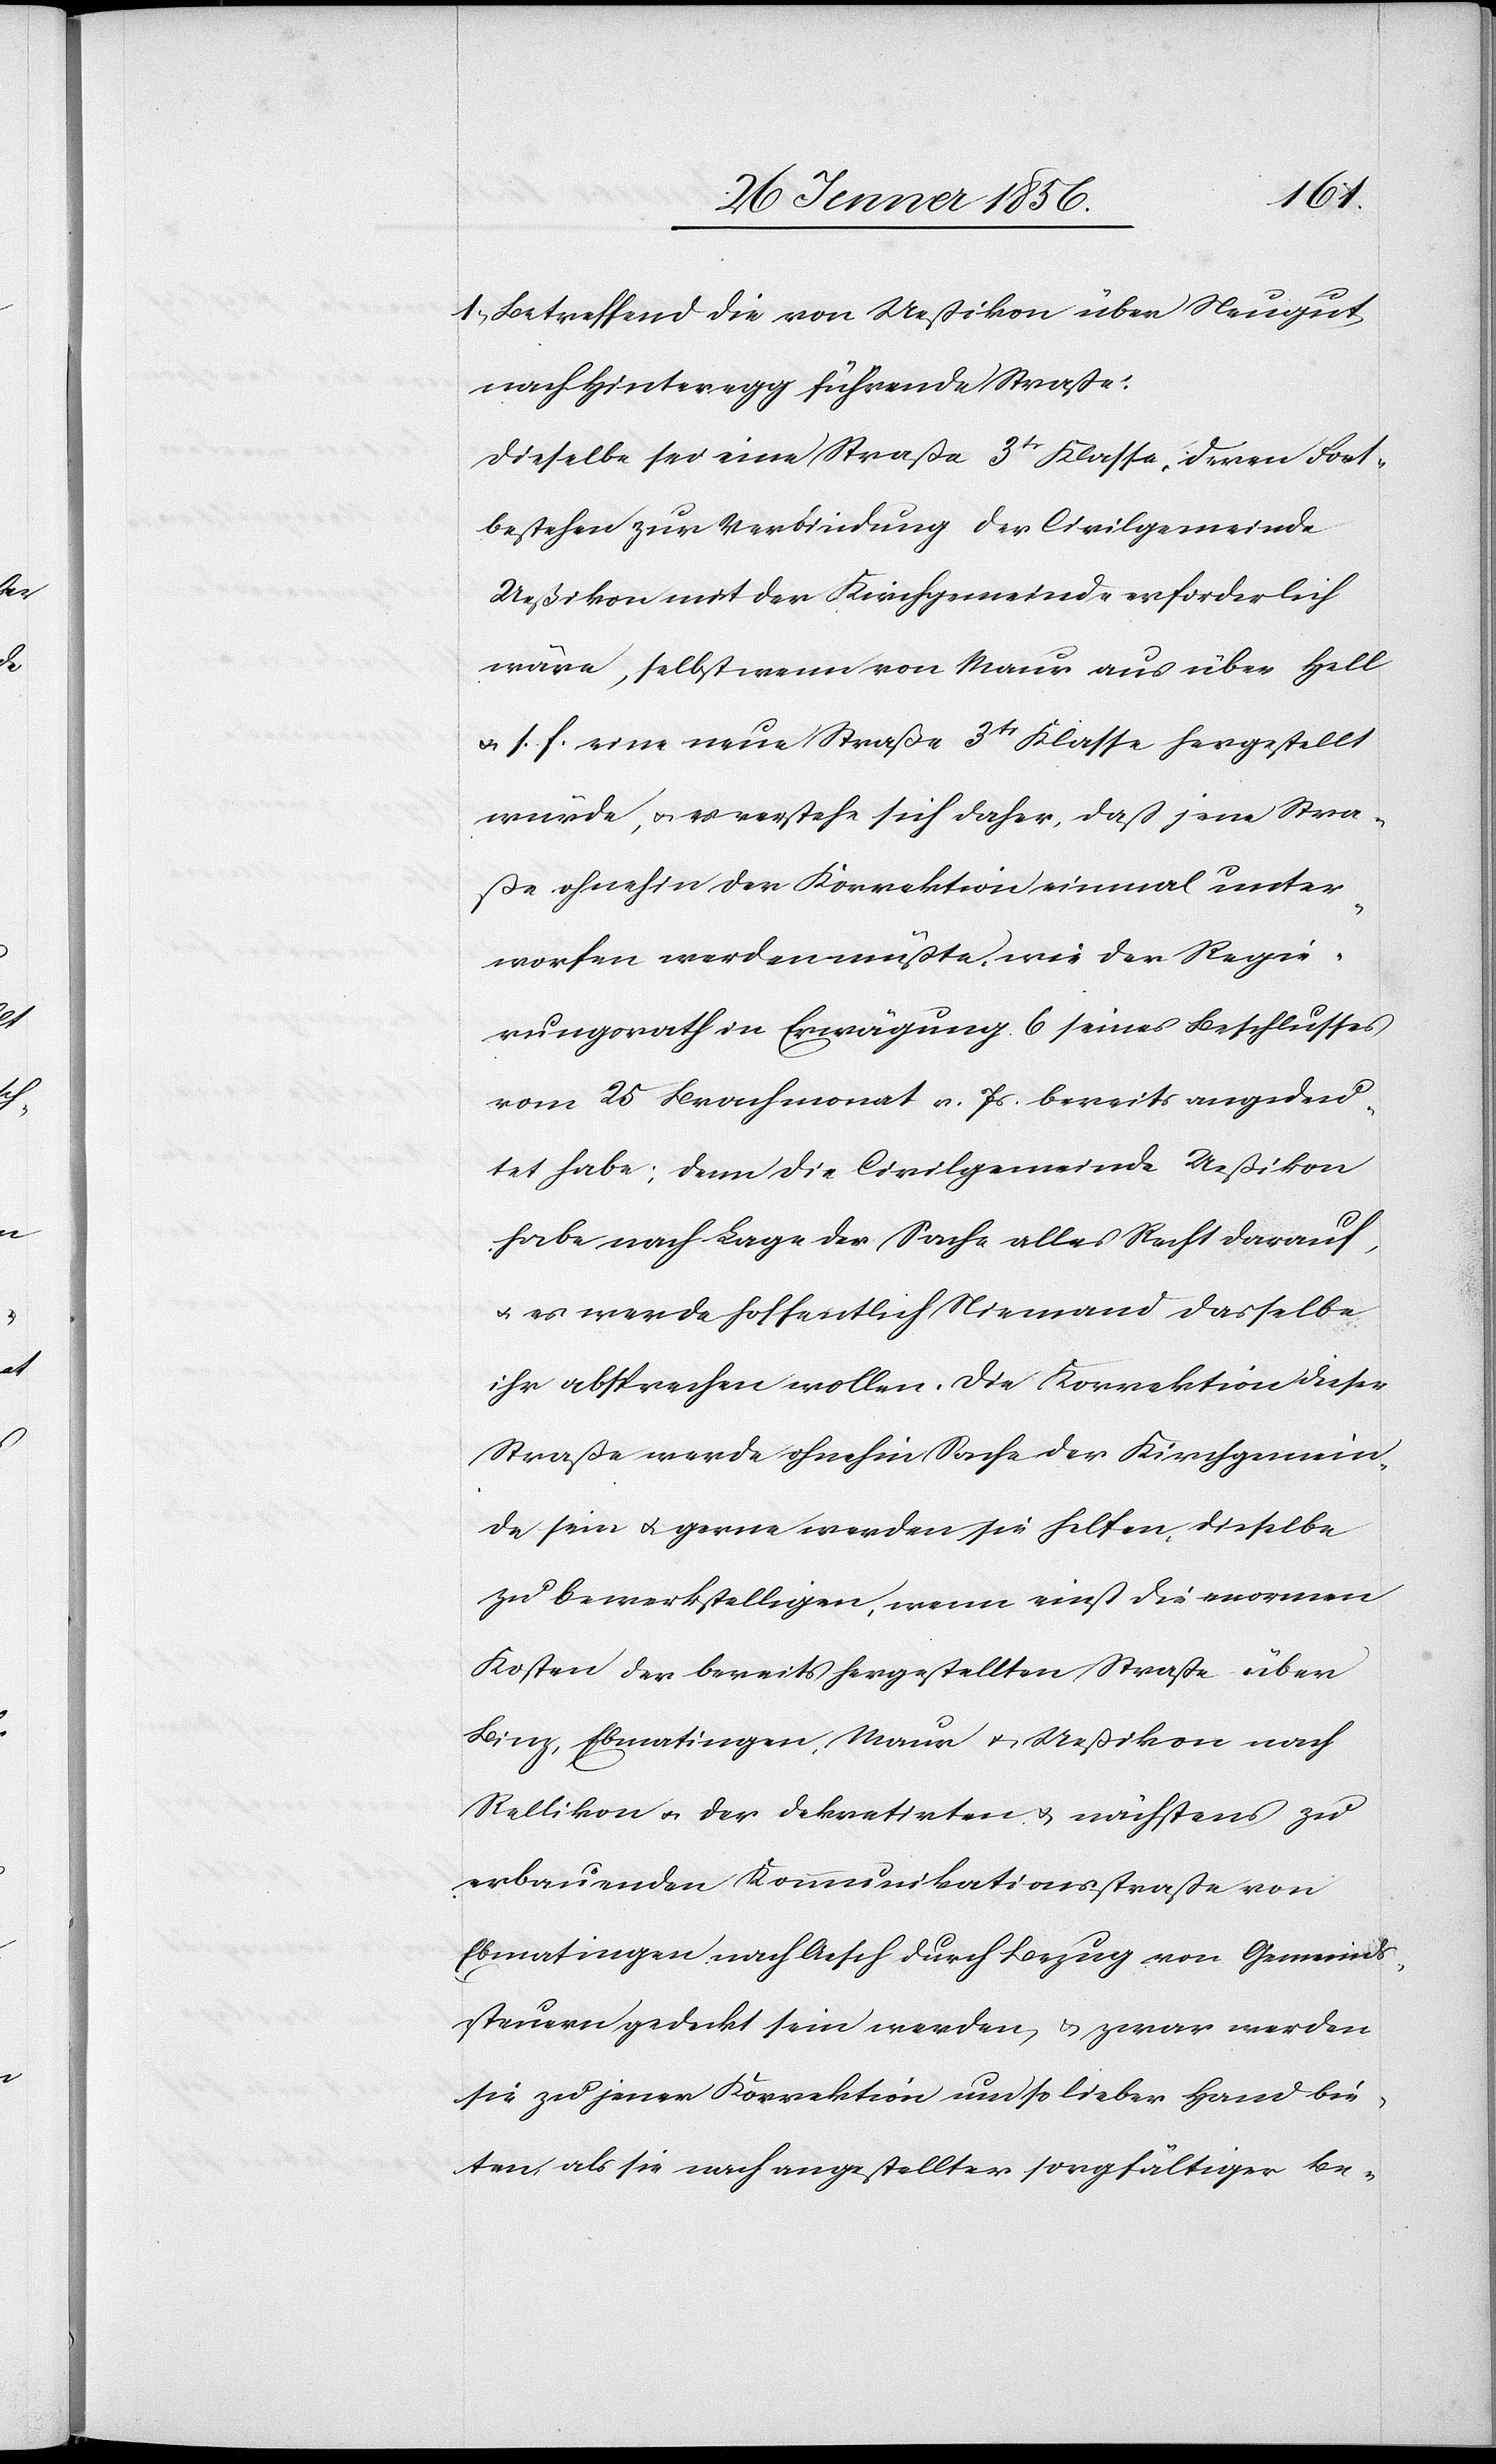
1., Betreffend die von Ueßikon über Neugut
nach Hinteregg führende Straße:
Dieselbe sei eine Straße 3tr Klasse, deren Fort¬
bestehen zur Verbindung der Civilgemeinde
Ueßikon mit der Kirchgemeinde erforderlich
wäre, selbst wenn von Maur aus über Hell
u. s. f. eine neue Straße 3tr Klasse hergestellt
würde, u. es verstehe sich daher, daß jene Stra¬
ße ohnehin der Korrektion einmal unter¬
worfen werden müßte, wie der Regie¬
rungsrath in Erwägung 6 seines Beschlusses
vom 25 Brachmonat v. Js bereits angedeu¬
tet habe; denn die Civilgemeinde Ueßikon
habe nach Lage der Sache alles Recht darauf,
u. es werde hoffentlich Niemand dasselbe
ihr absprechen wollen. Die Korrektion dieser
Straße werde ohnehin Sache der Kirchgemein¬
de sein u. gerne werden sie helfen, dieselbe
zu bewerkstelligen, wenn einst die enormen
Kosten der bereits hergestellten Straße über
Binz, Ebmatingen, Maur u. Ueßikon nach
Rellikon u. der dekretirten u. nächstens zu
erbauenden Kommunikationsstraße von
Ebmatingen nach Aesch durch Bezug von Gemeinds¬
steuer gedeckt sein werden, u. zwar werden
sie zu jener Korrektion um so lieber Hand bie¬
ten, als sie nach angestellter sorgfältiger Be-